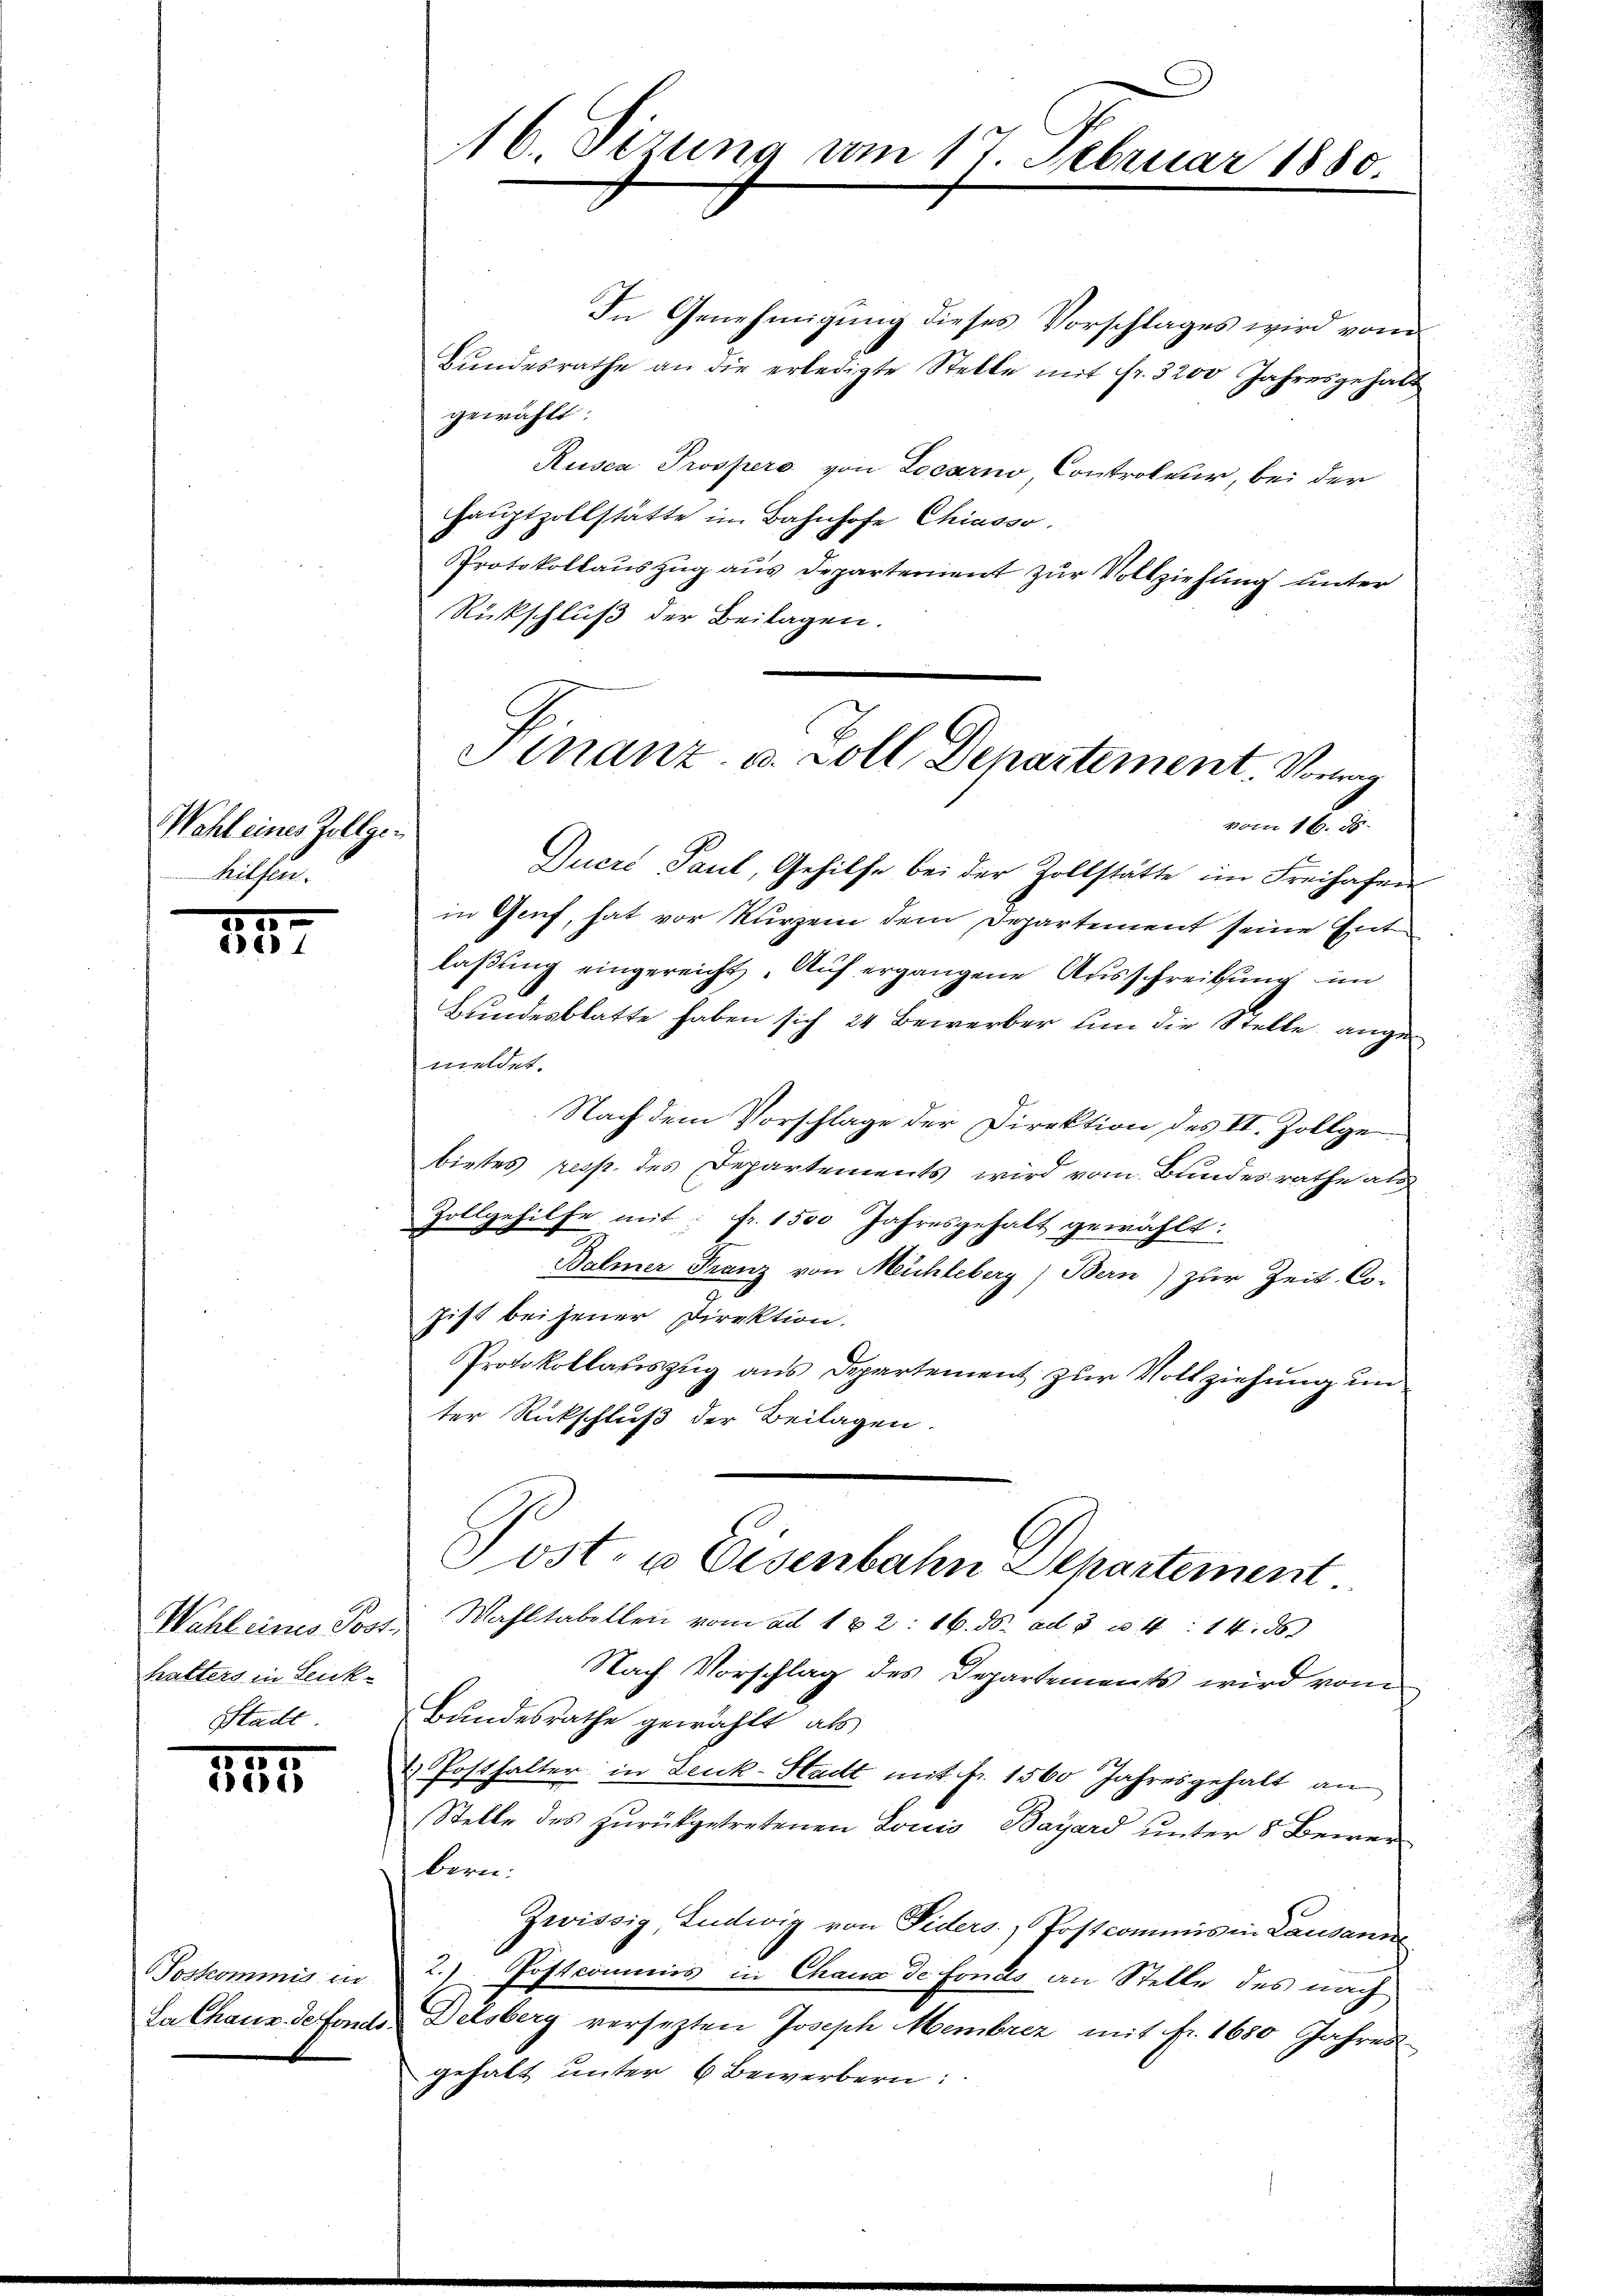
Wehl eines Zollge¬
Rathen

155
1

Wahl eines Post.
halters in Senk-
Stadt

1555.
1

oskommig in
La Chaus de fonds.

16. Sizung vom 17. Februar 1880

Finanz- u. soll, Departement. Vorm
vom 16. 55.

In Genehmigung dieses Vorschlages wird vom
Bŭndesrathe an die erledigte Stelle mit fr. 3200 Jahresgehalt
gewählt:
Rusen Prospers von Locarno Controleur, bei der
Haŭptzollstatte im Bahnhofe Chiasso.
Protokollauszug aus Departement zur Vollziehung unter
Rückschluß der Beilagen.
Ducri Paul, Gehilfe bei der Zollstätte im Freihafen
in Genf, hat vor kurzem dem Departement seine Ent
laβŭng eingereicht. Aŭf ergangene Ausschreibung im
Bundesblatte haben sich 24 Bewerber um die Stelle angemeldet.
Nach dem Vorschlage der Direktion des II. Zollge
bietes resp. des Departements wird vom Bundesrathe als
Zollgehilfe mit: Fr. 1500 Jahresgehalt gewählt:
Balmer Franz von Mühleberg) Bern) zur Zeit-Co-
hist bei jener Direktion.
Protokollauszug aus Departement zur Vollziehung un
ter Rückschluß der Beilagen.
Post- u Eisenbahn Departement
Wahltabellen vom ad 162. 16. ds. ad 3 f 14 d
Nach Vorschlag des Departements wird von
Bandesrathe gewählt, als
 Posthalter in Leuk-Stadt mit Fr. 1560 Jahresgehalt an
Stelle des zurückgetretenen Louis Bayard unter 8 Bewerbern.
Zwissig Ludwig von Fiders.) Postcommis in Lausanne
2.) Postcommis in Chaux de fonds an Stelle des nach
Delsberg versetzten Joseph Membrez mit fr. 1680 Jahres
gehalt unter 6 Bewerbern: